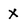
Character: x